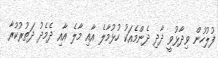
ފުލުހުން ވިދާޅުވީ ދާދި ދެންމެއަކު ހުޅުމާލެ އާއި މާލެ އާއި ދެމެދު ދަތުރުކުރާ